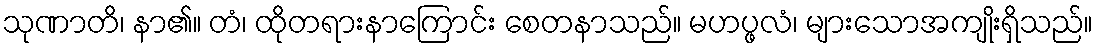
သုဏာတိ၊ နာ၏။ တံ၊ ထိုတရားနာကြောင်း စေတနာသည်။ မဟပ္ဖလံ၊ များသောအကျိုးရှိသည်။